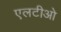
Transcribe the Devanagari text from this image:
एलटीओ